Indian journal of veterinary science and animal husbandry - Volumes 15-17, 1948-1951
Year: 1948
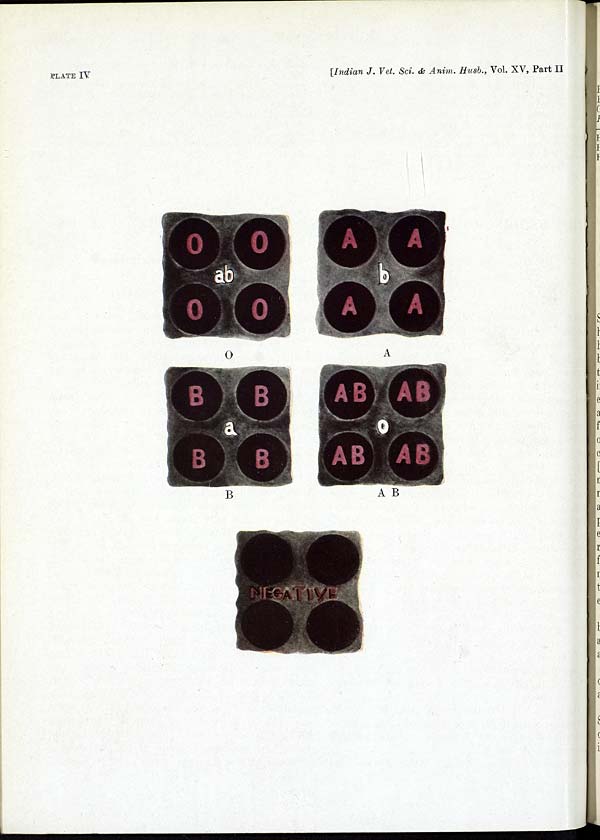
PLATE IV
[Indian J. Vet. Sci. & Anim. Husb., Vol. XV, Part II